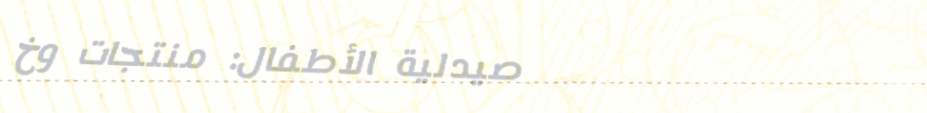
صيدلية الأطفال: منتجات وخ